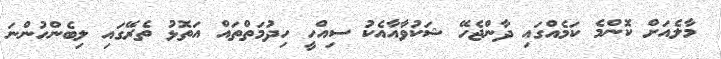
މާލެއަށް ކޮންމެ ކަމެއްގައި ދާންޖެހޭ ޝަކުވާއާއެކު ސިއްހީ ހިދުމަތްތައް އަތޮޅު ތެރޭގައި ލިބެންހުންނަ